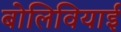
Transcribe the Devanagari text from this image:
बोलिवियाई